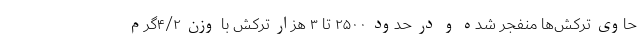
حاوی ترکش‌ها منفجر شده و در حدود ۲۵۰۰ تا ۳ هزار ترکش با وزن ۴/۲گرم